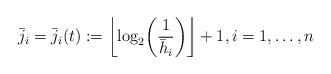
LaTeX: \begin{align*} \bar{j}_i = \bar{j}_i(t) := \biggl\lfloor\log_2 \biggl( \frac{1}{\bar{h}_i} \biggr) \biggr\rfloor+ 1, i =1, \ldots, n\end{align*}